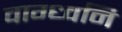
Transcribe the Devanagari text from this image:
वाग्ध्वनि